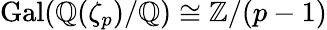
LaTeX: \operatorname{Gal}(\mathbb{Q}(\zeta_{p})/\mathbb{Q})\cong\mathbb{Z}/(p-1)